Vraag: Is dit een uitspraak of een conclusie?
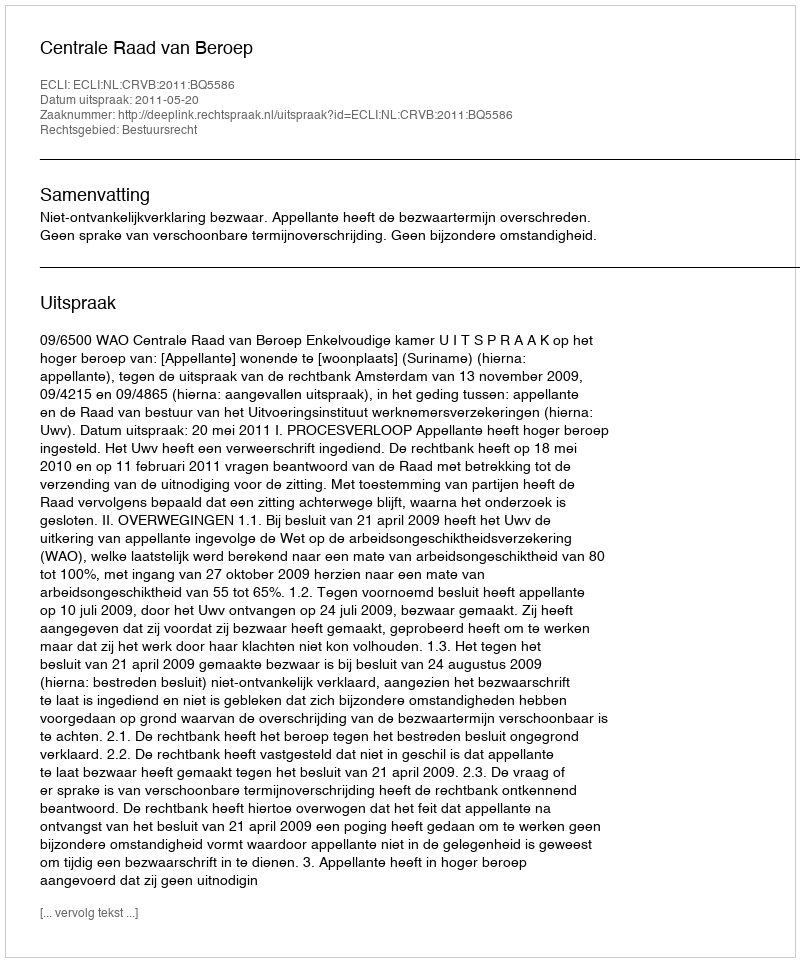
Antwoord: Uitspraak